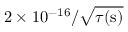
2 \times 1 0 ^ { - 1 6 } / \sqrt { \tau ( \mathrm { s } ) }